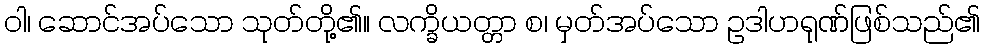
ဝါ၊ ဆောင်အပ်သော သုတ်တို့၏။ လက္ခိယတ္တာ စ၊ မှတ်အပ်သော ဥဒါဟရုဏ်ဖြစ်သည်၏